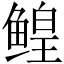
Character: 鳇